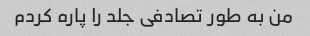
من به طور تصادفی جلد را پاره کردم